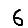
Digit: 6